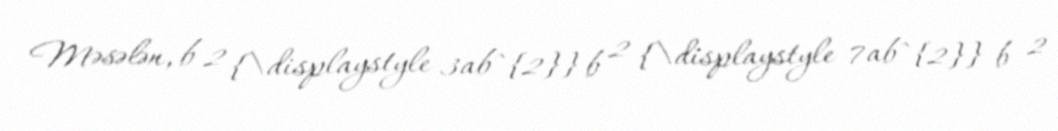
Məsələn, b 2 {\displaystyle 3ab^{2}} b 2 {\displaystyle 7ab^{2}} b 2